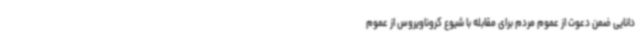
دانایی ضمن دعوت از عموم مردم برای مقابله با شیوع کروناویروس از عموم